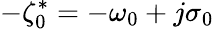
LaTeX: -\zeta_{0}^{*}=-\omega_{0}+j\sigma_{0}